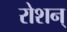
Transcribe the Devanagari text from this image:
रोशन्